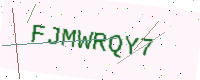
Text: FJMWRQY7